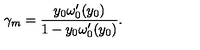
\gamma _ { m } = { \frac { y _ { 0 } \omega _ { 0 } ^ { \prime } ( y _ { 0 } ) } { 1 - y _ { 0 } \omega _ { 0 } ^ { \prime } ( y _ { 0 } ) } } .